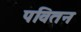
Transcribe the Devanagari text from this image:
पवितन